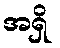
အရှိ